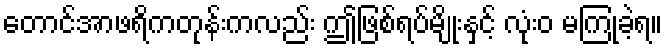
တောင်အာဖရိကတုန်းကလည်း ဤဖြစ်ရပ်မျိုးနှင့် လုံးဝ မကြုံခဲ့ရ။